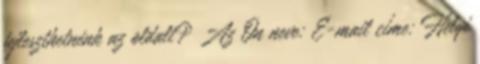
fejleszthetnénk az oldalt? Az Ön neve: E-mail címe: Helyi